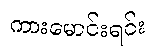
ကားမောင်းရင်း